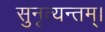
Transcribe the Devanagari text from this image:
सुनृत्यन्तम्‌।